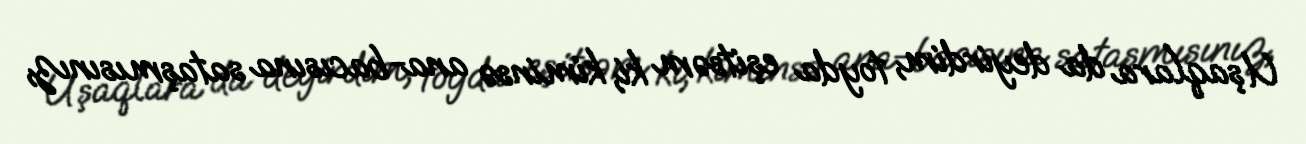
Uşaqlara da deyirdim, toyda eşitsəm ki, kiminsə ana-bacısına sataşmısınız,